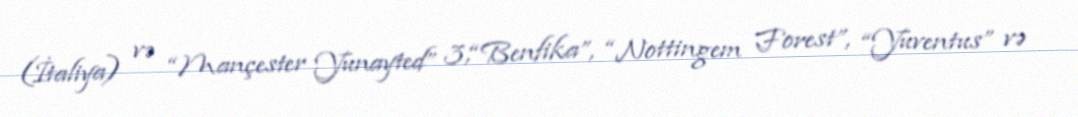
(İtaliya) və “Mançester Yunayted” 3,“Benfika”, “Nottingem Forest”, “Yuventus” və